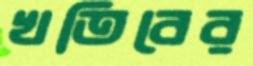
খতিবের